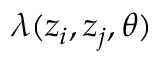
\lambda ( z _ { i } , z _ { j } , \theta )